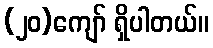
(၂၀)ကျော် ရှိပါတယ်။